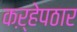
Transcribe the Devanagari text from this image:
कऱ्हेपठार